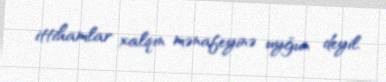
ittihamlar xalqın mənafeyinə uyğun deyil.